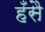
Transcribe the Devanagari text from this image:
हँसै